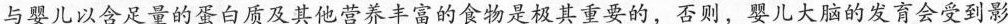
与婴儿以含足量的蛋白质及其他营养丰富的食物是极其重要的，否则，婴儿大脑的发育会受到影